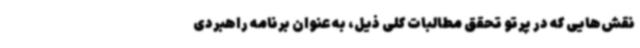
نقش‌هایی که در پرتو تحقق مطالبات کلی ذیل، به عنوان برنامه راهبردی